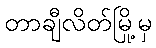
တာချီလိတ်မြို့မှ